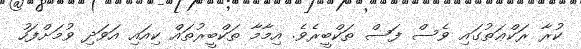
ކުރާ ރަކްޢަތުގައި ވެސް ފަސް ތަކްބީރެވެ. އިމާމާ ތަކްބީރުތައް ކިއަައި އަވަދި ވުމަށްފަހު